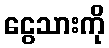
ငွေသားကို